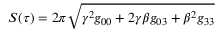
S ( \tau ) = 2 \pi \sqrt { \gamma ^ { 2 } g _ { 0 0 } + 2 \gamma \beta g _ { 0 3 } + \beta ^ { 2 } g _ { 3 3 } }